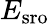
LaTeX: E_{\mathrm{sro}}